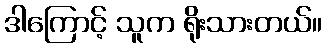
ဒါကြောင့် သူက ရိုးသားတယ်။